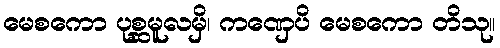
မေစကော ပုစ္ဆမူလမှိ၊ ကဏှေပိ မေစကော တိသု။